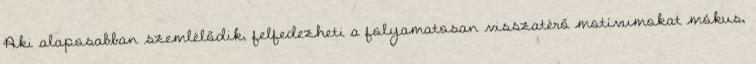
Aki alaposabban szemlélődik, felfedezheti a folyamatosan visszatérő motívumokat mókus,